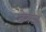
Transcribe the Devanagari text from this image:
ढेगज